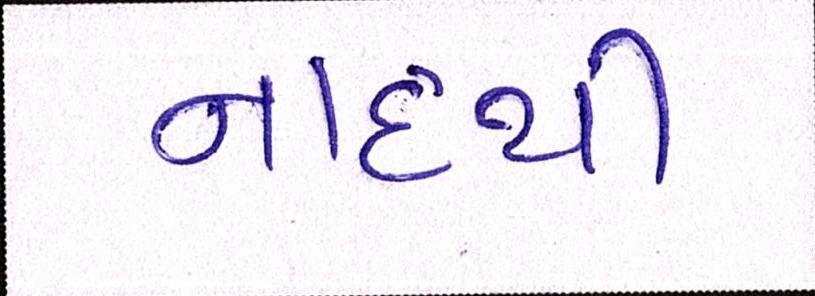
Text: નાદથી